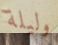
وليلة